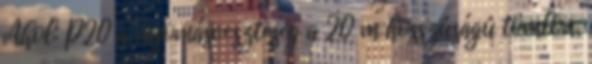
Ahol: P20 a nyomásveszteség a 20 m hosszúságú tömlõn,